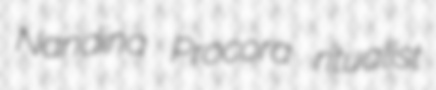
Nandina Procora ritualist